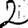
Digit: 2